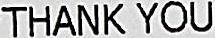
THANK YOU